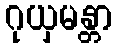
ဂုယှမန္တာ